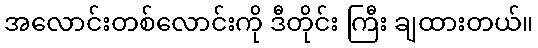
အလောင်းတစ်လောင်းကို ဒီတိုင်း ကြီး ချထားတယ်။